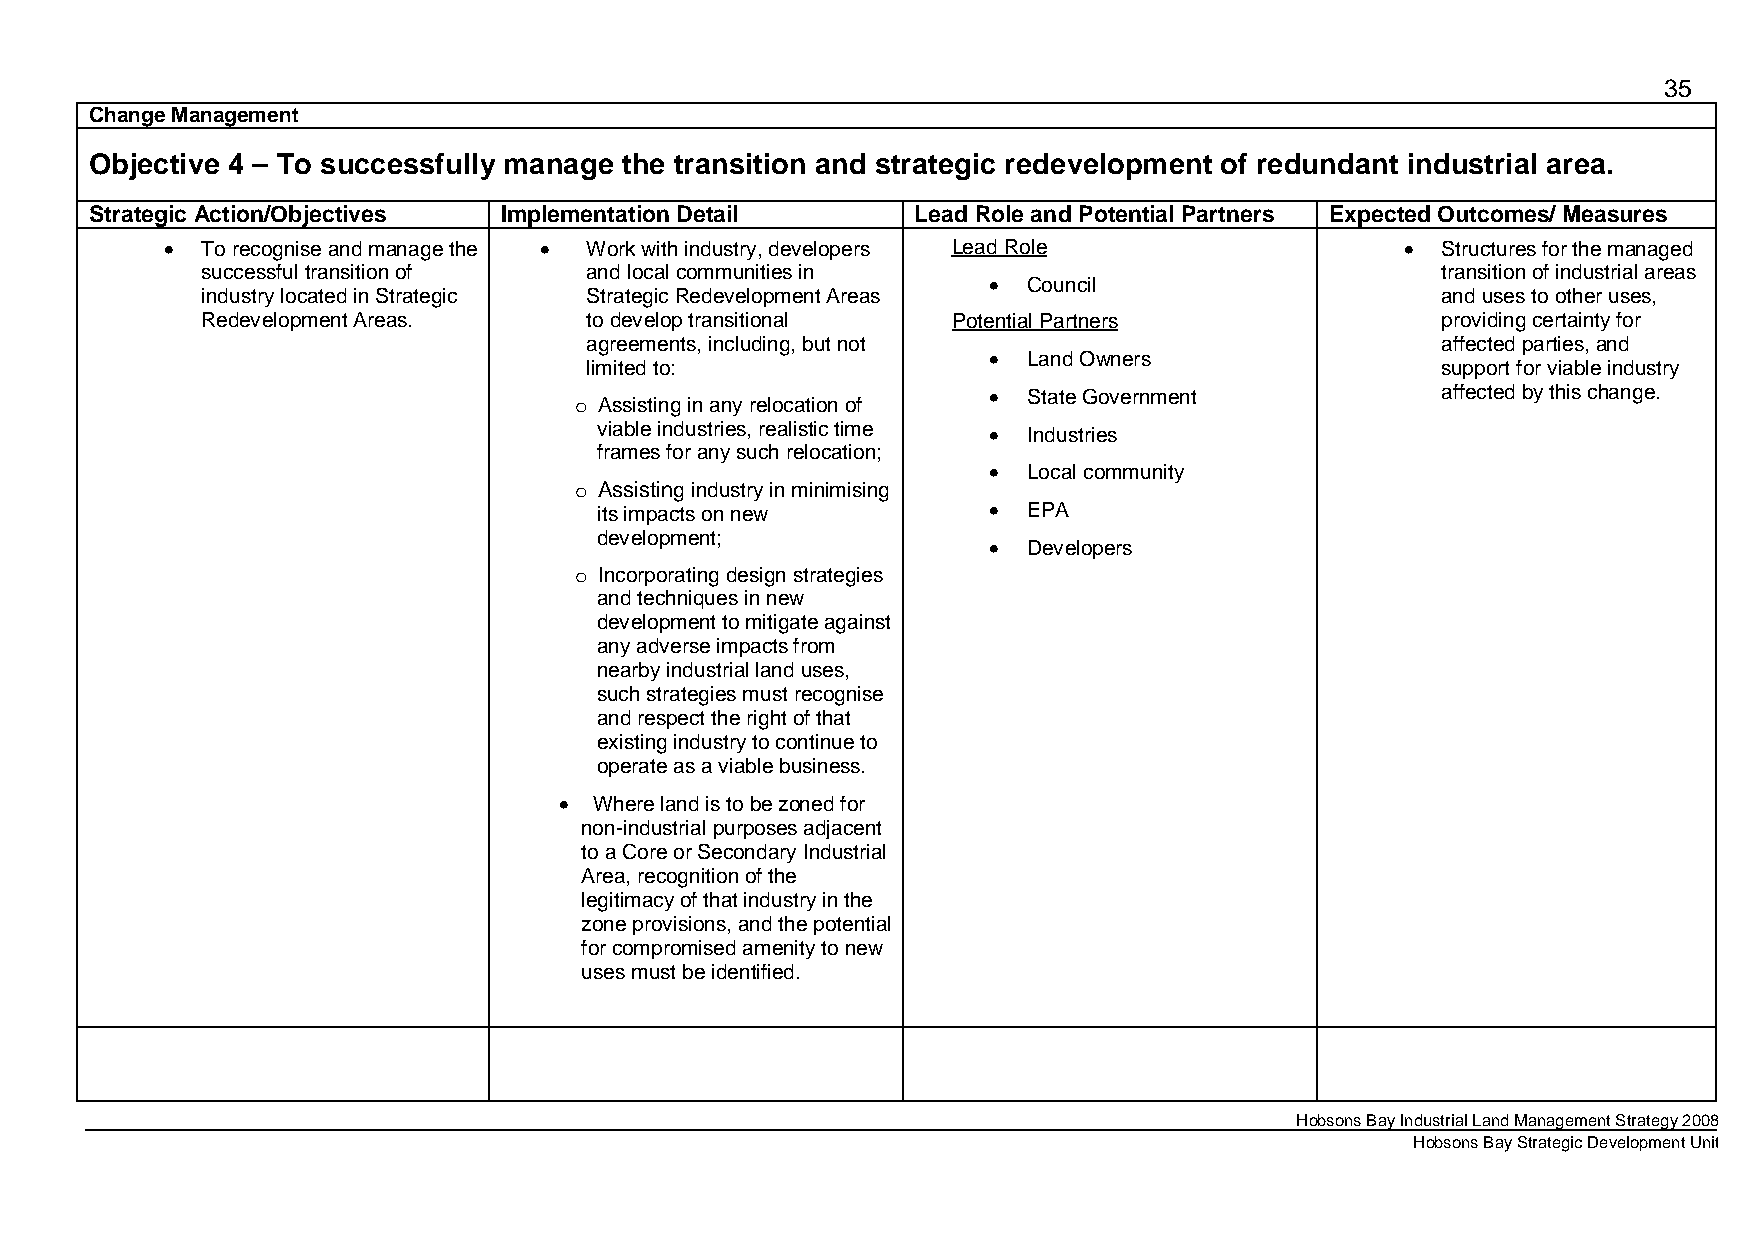
35
 Change Management
 Objective 4 – To successfully manage the transition and strategic redevelopment of redundant industrial area.
 Strategic Action/Objectives Implementation Detail      Lead Role and Potential Partners Expected Outcomes/ Measures
 • To recognise and manage the • Work with industry, developers Lead Role          • Structures for the managed
 successful transition of  and local communities in                                transition of industrial areas
 •  Council
 industry located in Strategic Strategic Redevelopment Areas                       and uses to other uses,
 Redevelopment Areas.      to develop transitional Potential Partners              providing certainty for
 agreements, including, but not                          affected parties, and
 •  Land Owners
 limited to:                                             support for viable industry
 •  State Government           affected by this change.
 o Assisting in any relocation of
 viable industries, realistic time • Industries
 frames for any such relocation;
 •  Local community
 o Assisting industry in minimising
 its impacts on new        •  EPA
 development;              •  Developers
 o Incorporating design strategies
 and techniques in new
 development to mitigate against
 any adverse impacts from
 nearby industrial land uses,
 such strategies must recognise
 and respect the right of that
 existing industry to continue to
 operate as a viable business.
 • Where land is to be zoned for
 non-industrial purposes adjacent
 to a Core or Secondary Industrial
 Area, recognition of the
 legitimacy of that industry in the
 zone provisions, and the potential
 for compromised amenity to new
 uses must be identified.
 Hobsons Bay Industrial Land Management Strategy 2008
 Hobsons Bay Strategic Development Unit